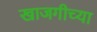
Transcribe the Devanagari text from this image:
खाजगीच्या